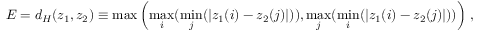
{ \cal E } = d _ { H } ( z _ { 1 } , z _ { 2 } ) \equiv \operatorname* { m a x } \left( \operatorname* { m a x } _ { i } ( \operatorname* { m i n } _ { j } ( | z _ { 1 } ( i ) - z _ { 2 } ( j ) | ) ) , \operatorname* { m a x } _ { j } ( \operatorname* { m i n } _ { i } ( | z _ { 1 } ( i ) - z _ { 2 } ( j ) | ) ) \right) \, ,